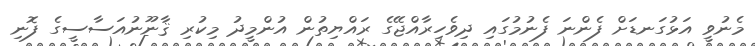
މެނުވީ އަޅުގަނޑަށް ފެންނަ ފެނުމުގައި ދިވެހިރާއްޖޭގެ ރައްޔިތުން އުންމީދު މިކުރި ޤާނޫނުއަސާސީގެ ފޮނި